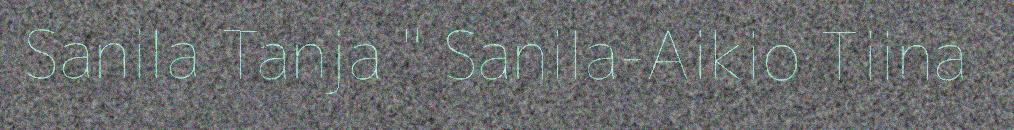
Sanila Tanja " Sanila-Aikio Tiina